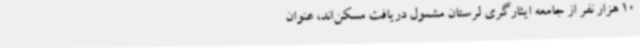
10 هزار نفر از جامعه ایثارگری لرستان مشمول دریافت مسکن‌اند، عنوان